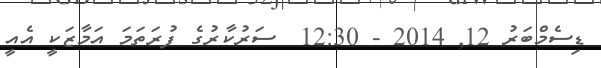
ޑިސެމްބަރު 12